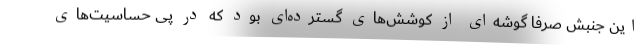
این جنبش صرفاً گوشه‌ای از کوشش‌های گسترده‌ای بود که در پی حساسیت‌های